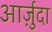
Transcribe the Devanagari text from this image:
आर्ज़ुदा